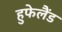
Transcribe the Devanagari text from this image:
हुफेलैंड